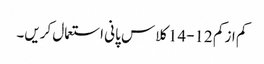
کم از کم 12-14کلاس پانی استعمال کریں۔